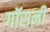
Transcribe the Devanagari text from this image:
गॉसनी